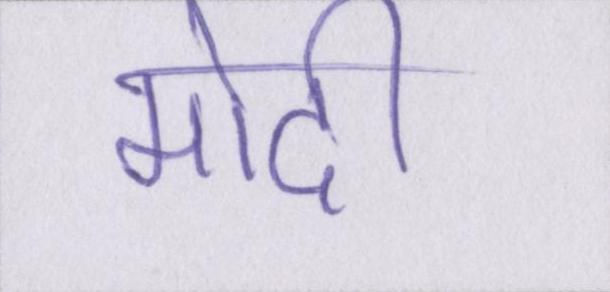
मोदी